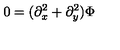
0 = ( \partial _ { x } ^ { 2 } + \partial _ { y } ^ { 2 } ) \Phi